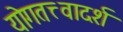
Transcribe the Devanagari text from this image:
योगतत्त्वादर्श